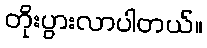
တိုးပွားလာပါတယ်။